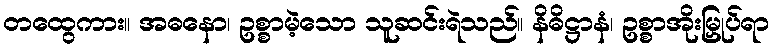
တထွေကား။ အဓနော၊ ဥစ္စာမဲ့သော သူဆင်းရဲသည်။ နိဓိဋ္ဌာနံ၊ ဥစ္စာအိုးမြှုပ်ရာ